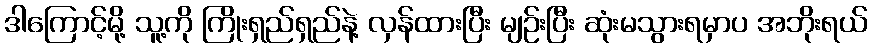
ဒါကြောင့်မို့ သူ့ကို ကြိုးရှည်ရှည်နဲ့ လှန်ထားပြီး မျဉ်းပြီး ဆုံးမသွားရမှာပ အဘိုးရယ်